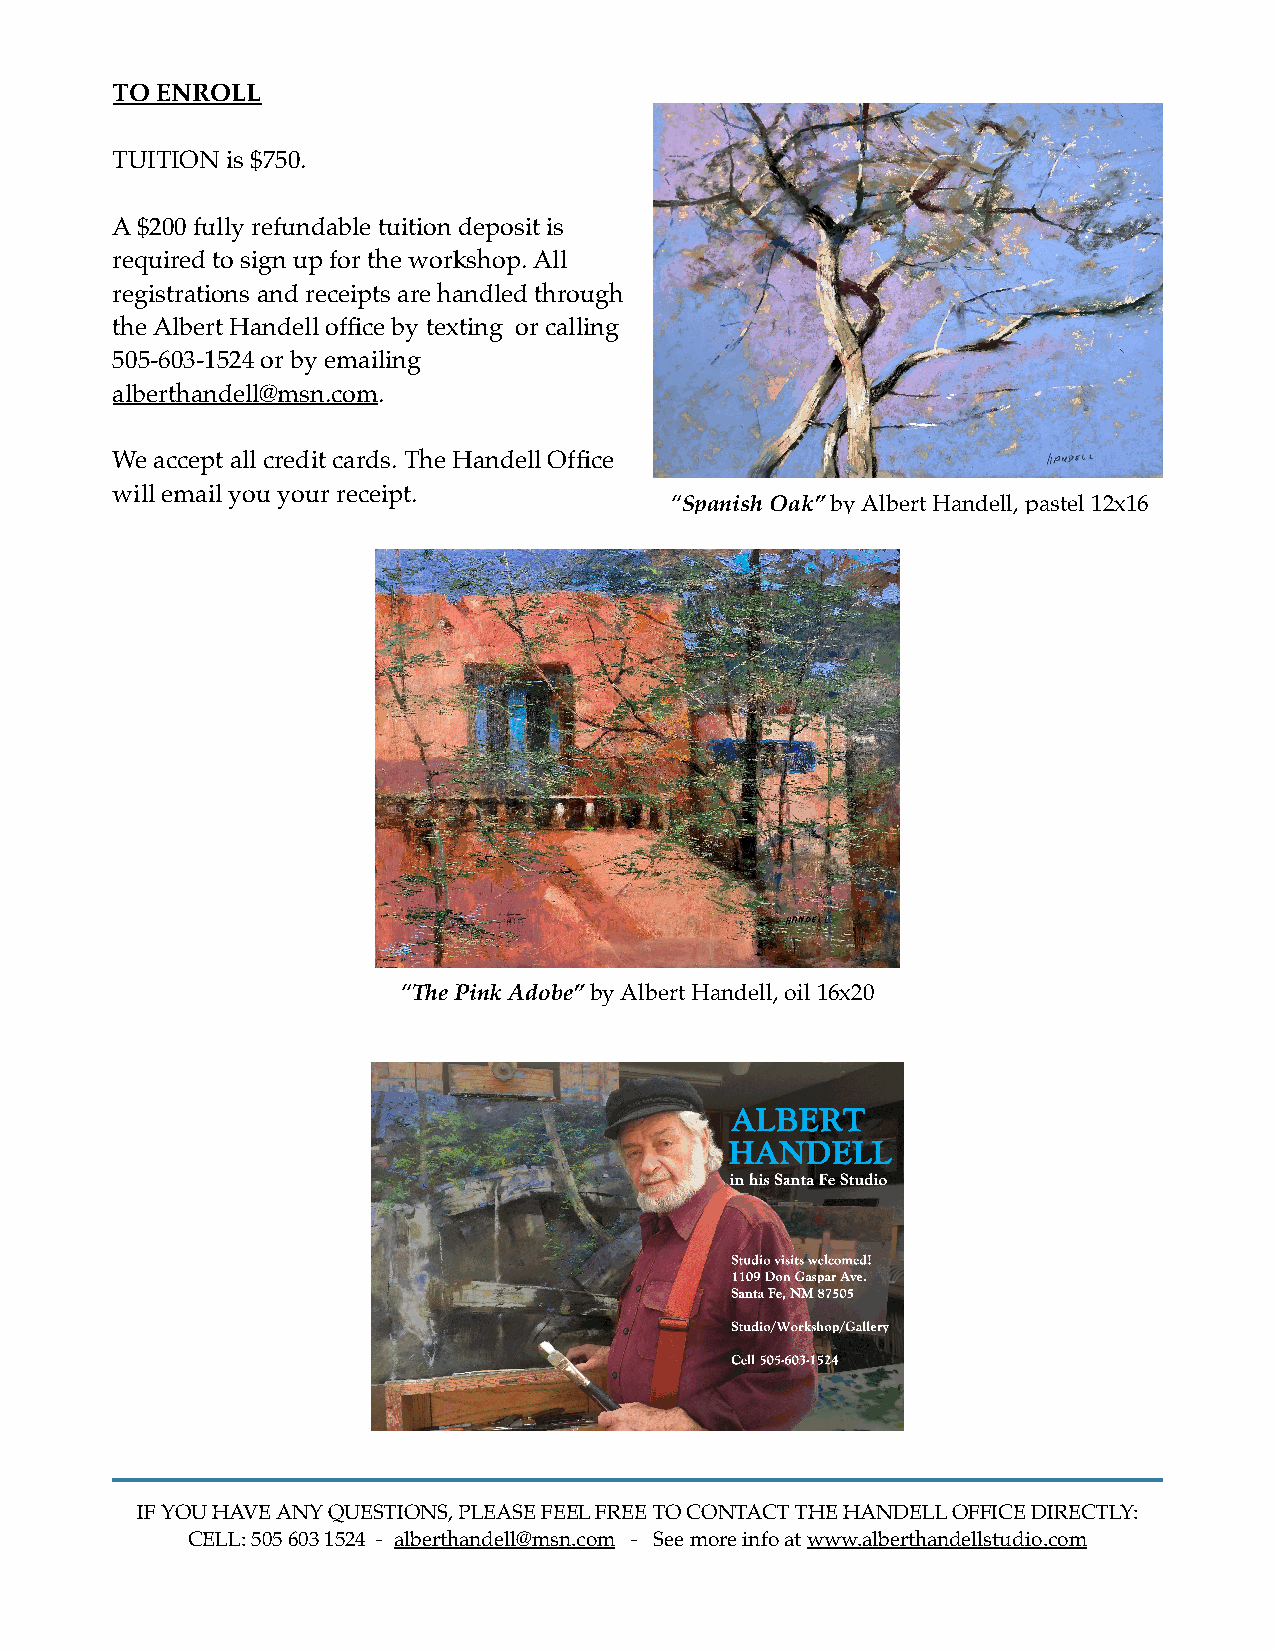
TO ENROLL
 TUITION is $750.
 A $200 fully refundable tuition deposit is
 required to sign up for the workshop. All
 registrations and receipts are handled through
 the Albert Handell office by texting or calling
 505-603-1524 or by emailing
 alberthandell@msn.com.
 We accept all credit cards. The Handell Office
 will email you your receipt.
 “Spanish Oak” by Albert Handell, pastel 12x16
 “The Pink Adobe” by Albert Handell, oil 16x20
 IF YOU HAVE ANY QUESTIONS, PLEASE FEEL FREE TO CONTACT THE HANDELL OFFICE DIRECTLY:
 CELL: 505 603 1524 - alberthandell@msn.com - See more info at www.alberthandellstudio.com